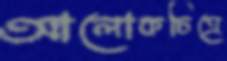
আলোকচিত্রে